Vaccination United Provinces of Agra and Oudh 1902-1913 - 1902-1913
Year: 1902
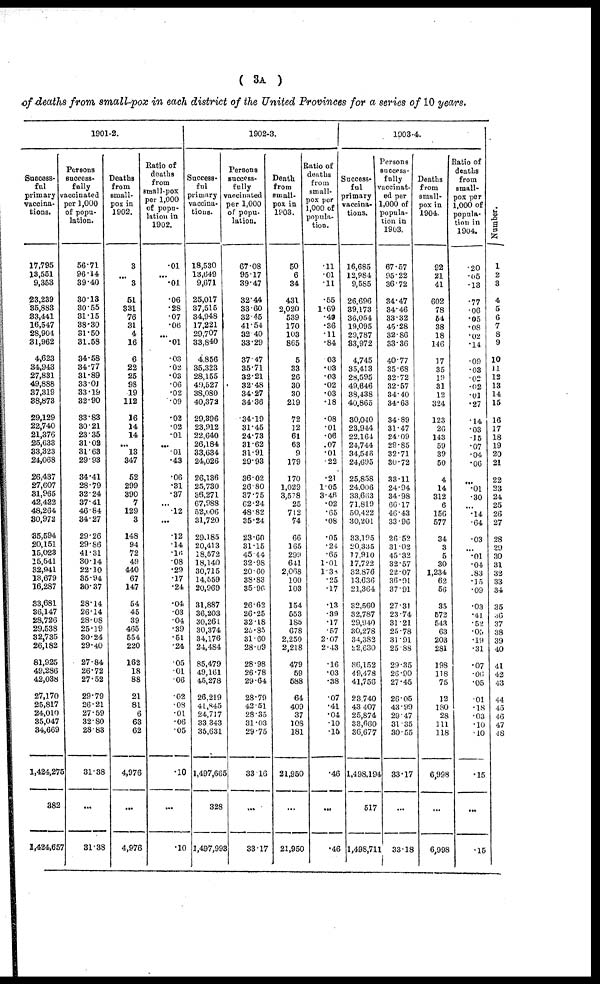
( 3A )
of deaths from small-pox in each district of the United Provinces for a series of 10 years.
1901-2.
Success-
ful
primary
vaccina-
tions.
17,795
13,551
9,353
23,239
35,883
33,441
16,547
28,904
31,962
4,623
34,943
27,831
49,888
37,319
38,873
29,129
22,740
21,376
25,633
33,323
24,068
26,437
27,607
31,965
42,422
48,264
30,972
35,594
20,151
15,023
15,541
32,941
13,679
16,287
33,681
36,147
28,726
29,538
32,735
26,182
81,925
49,286
42,038
27,170
25,817
24,010
35,047
34,669
1,424,275
382
1,424,657
Persons
success¬
fully
vaccinated
per 1,000
of popu-
lation.
56.71
96.14
39.40
30.13
30.55
31.15
38.30
31.50
31.58
34.58
34.77
31.89
33.01
33.19
32.90
33.83
30.21
23.35
31.02
31.63
29.93
34.41
28.79
32.24
37.41
46.84
34.27
29.26
29.86
41.31
30.14
22.10
35.94
30.37
28.14
26.14
28.08
25.19
30.24
29.40
27.84
26.72
27.52
29.79
26.21
27.59
32.80
28.83
31.38
...
31.38
Deaths
from
small-
pox in
1902.
3
...
3
51
331
76
31
4
16
6
22
25
98
19
112
16
14
14
...
13
347
52
299
390
7
129
3
148
94
72
49
440
67
147
54
45
39
465
554
220
162
18
88
21
81
6
63
62
4,976
...
4,976
Ratio of
deaths
from
small-pox
per 1,000
of popu-
lation in
1902.
.01
...
.01
.06
.28
.07
.06
...
.01
.03
.02
.03
.06
.02
.09
.02
.02
.01
...
.01
.43
.06
.31
.37
...
.12
...
.12
.14
.16
.08
.29
.17
.24
.04
.03
.04
.39
.51
.24
.05
.01
.06
.02
.08
.01
.06
.05
.10
...
.10
1902-3.
Success-
ful
primary
vaccina-
tions.
18,530
13,649
9,671
25,017
37,515
34,948
17,221
29,707
33,840
4,856
35,323
28,155
49,527
38,080
40,372
29,396
23,912
22,640
26,184
33,634
24,026
26,136
25,730
36,271
67,988
52,006
31,720
29,185
20,413
18,572
18,140
30,715
14,559
20,969
31,887
36,203
30,261
30,374
34,176
24,484
85,479
49,161
45,278
26,219
41,845
24,717
33,343
35,631
1,497,665
328
1,497,993
Persons
success-
fully
vaccinated
per 1,000
of popu¬
lation.
67.08
95.17
39.47
32.44
33.60
32.45
41.54
32.40
33.29
37.47
35.71
32.21
32.48
34.27
34.36
34.19
31.45
24.73
31.62
31.91
29.93
36.02
26.80
37.75
62.24
48.82
35.24
23.60
31.15
45.44
32.98
20.60
38.83
35.96
26.62
26.25
32.18
25.85
31.60
28.09
28.98
26.78
29.64
28.79
42.51
28.35
31.03
29.75
33.16
...
33.17
Death
from
small-
pox in
1903.
50
6
34
431
2,020
539
170
103
865
5
33
26
30
30
219
72
12
61
63
9
179
170
1,029
3,578
25
712
74
66
165
299
641
2,068
100
103
154
553
185
678
2,250
2,218
479
59
588
64
409
37
108
181
21,950
...
21,950
Ratio of
deaths
from
small¬
pox per
1,000 of
popula-
tion.
.11
.01
.11
.55
1.69
.49
.36
.11
.84
.03
.03
.03
.02
.03
.18
.08
.01
.06
.07
.01
.22
.21
1.05
3.46
.02
.65
.08
.05
.24
.65
1.01
1.38
.25
.17
.13
.39
.17
.57
2.07
2.43
.16
.03
.38
.07
.41
.04
.10
.15
.46
...
.46
1903-4.
Success-
ful
primary
vaccina-
tions.
16,685
12,984
9,585
26,696
39,173
36,054
19,095
29,787
33,972
4,745
35,413
28,595
49,646
38,438
40,865
30,040
23,944
22,164
24,744
34,546
24,695
25,858
24,006
33,663
71,819
50,422
30,201
33,195
20,335
17,910
17,722
32,876
13,636
21,364
32,560
32,787
29,940
30,278
34,382
22,630
86,152
49,478
41,756
23,740
43,407
25,874
33,660
36,677
1,498,194
517
1,498,711
Persons
success¬
fully
vaccinat-
ed per
1,000 of
popula-
tion in
1903.
67.57
95.22
36.72
34.47
34.46
33.32
45.28
32.86
33.36
40.77
35.68
32.72
32.57
34.40
34.63
34.89
31.47
24.09
29.85
32.71
30.72
33.11
24.94
34.98
66.17
46.43
33.96
26.52
31.02
45.32
32.57
22.07
36.01
37.91
27.31
23.74
31.21
25.78
31.91
25.88
29.35
26.90
27.45
26.05
43.99
29.47
31.35
30.55
33.17
...
33.18
Deaths
from
small-
pox in
1904.
92
21
41
602
78
54
38
18
146
17
35
19
31
12
324
123
26
143
59
39
50
4
14
312
6
156
577
34
3
5
30
1,234
62
56
35
572
543
63
203
281
198
118
75
12
180
28
111
118
6,998
...
6,998
Ratio of
deaths
from
small-
pox per
1,000 of
popula-
tion in
1904.
.20
.05
.13
.77
.06
.05
.08
.02
.14
.09
.03
.02
.02
.01
.27
.14
.03
.15
.07
.04
.06
.01
.30
.14
.64
.03
.01
.04
.83
.15
.09
.03
.41
.52
.05
.19
.31
.07
.06
.05
.01
.18
.03
.10
.10
.15
...
.15
Number.
1
2
3
4
5
6
7
8
9
10
11
12
13
14
15
16
17
18
19
20
21
22
23
24
25
26
27
28
29
30
31
32
33
34
35
36
37
38
39
40
41
42
43
44
45
46
47
48